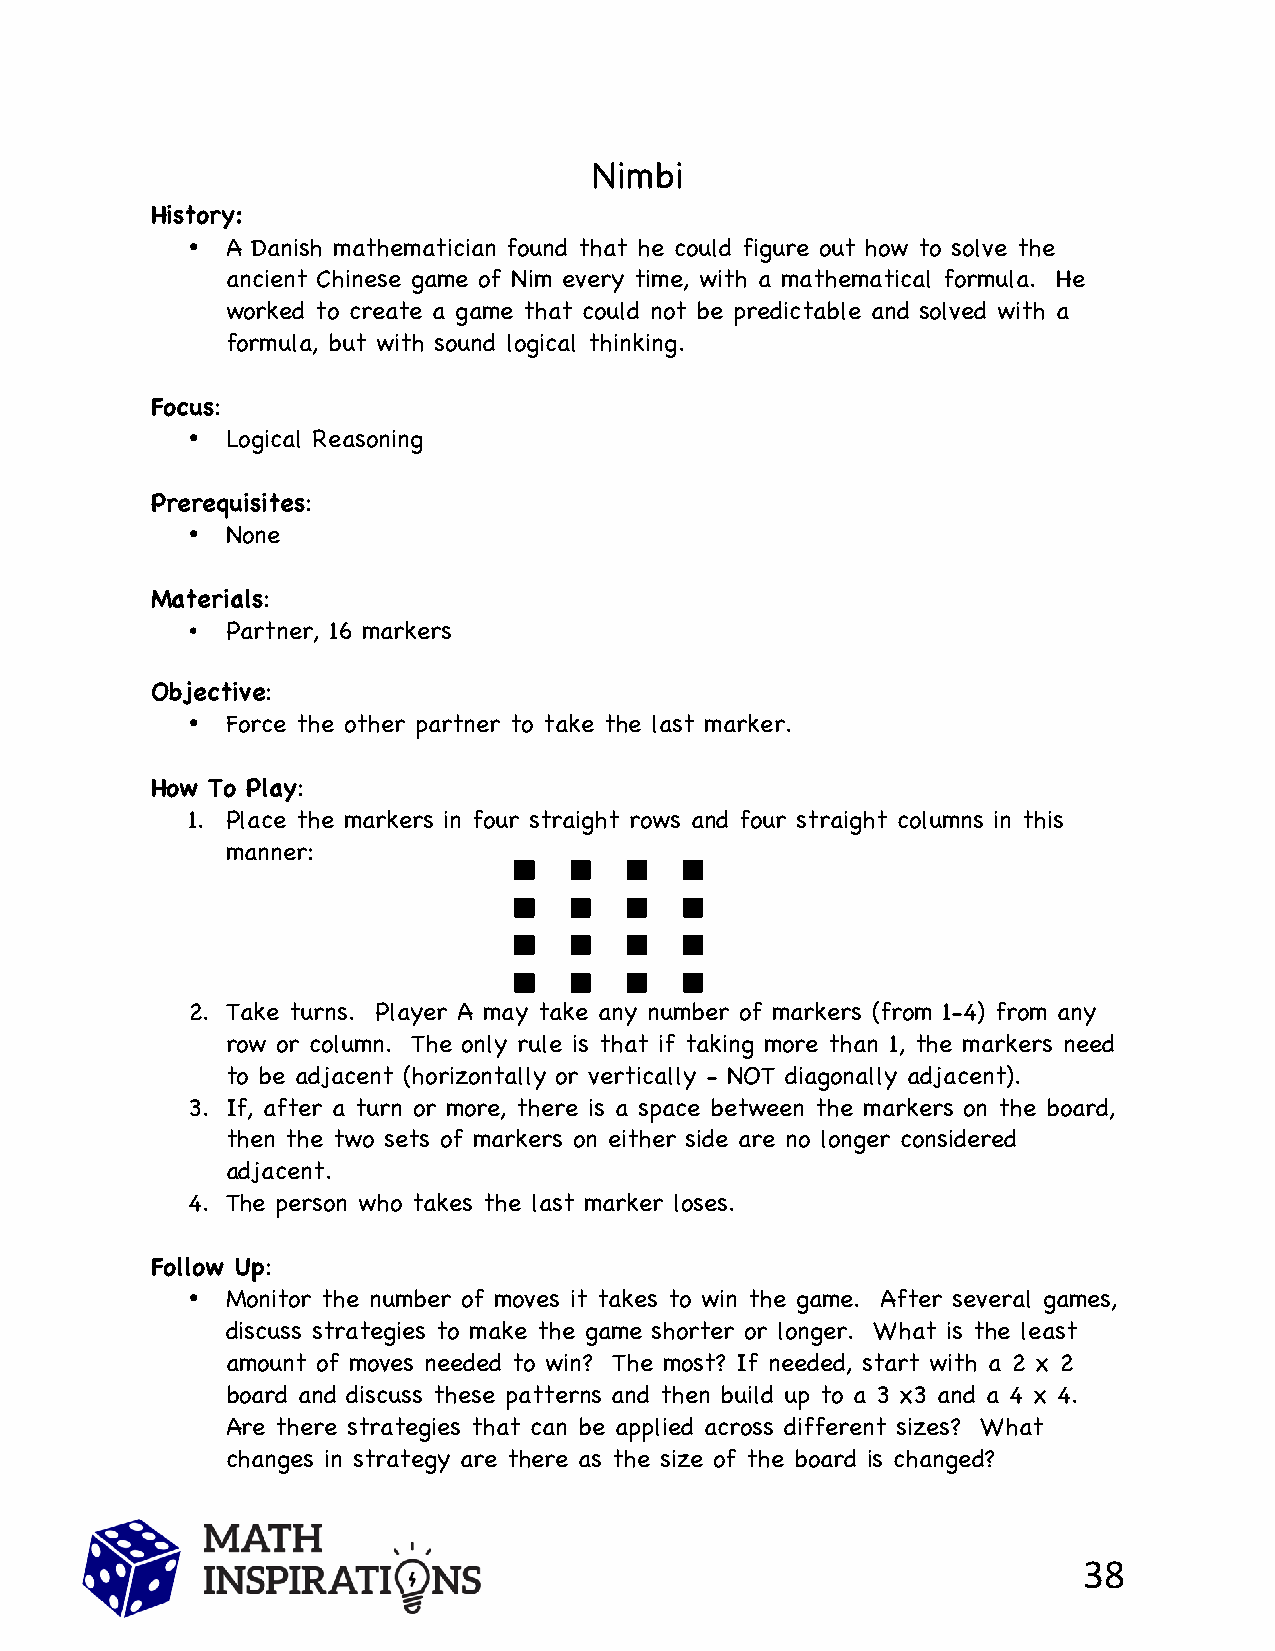
Nimbi
 History:
 •  A Danish mathematician found that he could figure out how to solve the
 ancient Chinese game of Nim every time, with a mathematical formula. He
 worked to create a game that could not be predictable and solved with a
 formula, but with sound logical thinking.
 Focus:
 •  Logical Reasoning
 Prerequisites:
 •  None
 Materials:
 •  Partner, 16 markers
 Objective:
 •  Force the other partner to take the last marker.
 How To Play:
 1. Place the markers in four straight rows and four straight columns in this
 manner:
 2. Take turns. Player A may take any number of markers (from 1-4) from any
 row or column. The only rule is that if taking more than 1, the markers need
 to be adjacent (horizontally or vertically - NOT diagonally adjacent).
 3. If, after a turn or more, there is a space between the markers on the board,
 then the two sets of markers on either side are no longer considered
 adjacent.
 4. The person who takes the last marker loses.
 Follow Up:
 •  Monitor the number of moves it takes to win the game. After several games,
 discuss strategies to make the game shorter or longer. What is the least
 amount of moves needed to win? The most? If needed, start with a 2 x 2
 board and discuss these patterns and then build up to a 3 x3 and a 4 x 4.
 Are there strategies that can be applied across different sizes? What
 changes in strategy are there as the size of the board is changed?
 38